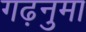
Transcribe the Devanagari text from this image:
गढ़नुमा